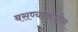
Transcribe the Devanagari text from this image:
बसण्याआधीच